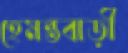
হেমন্তবাড়ী